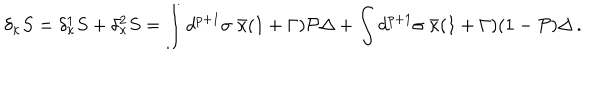
LaTeX: \delta _ { \kappa } S = \delta _ { \kappa } ^ { 1 } S + \delta _ { \kappa } ^ { 2 } S = \int d ^ { p + 1 } \sigma \; \bar { \kappa } ( 1 + \Gamma ) { \cal P } \Delta + \int d ^ { p + 1 } \sigma \; \bar { \kappa } ( 1 + \Gamma ) ( 1 - { \cal P } ) \Delta \, .